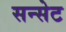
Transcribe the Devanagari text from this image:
सन्सेट